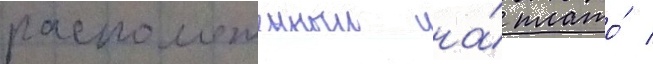
расположенныи на́ плато́ /